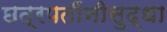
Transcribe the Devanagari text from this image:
छत्रपतींनीसुद्धा